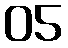
05